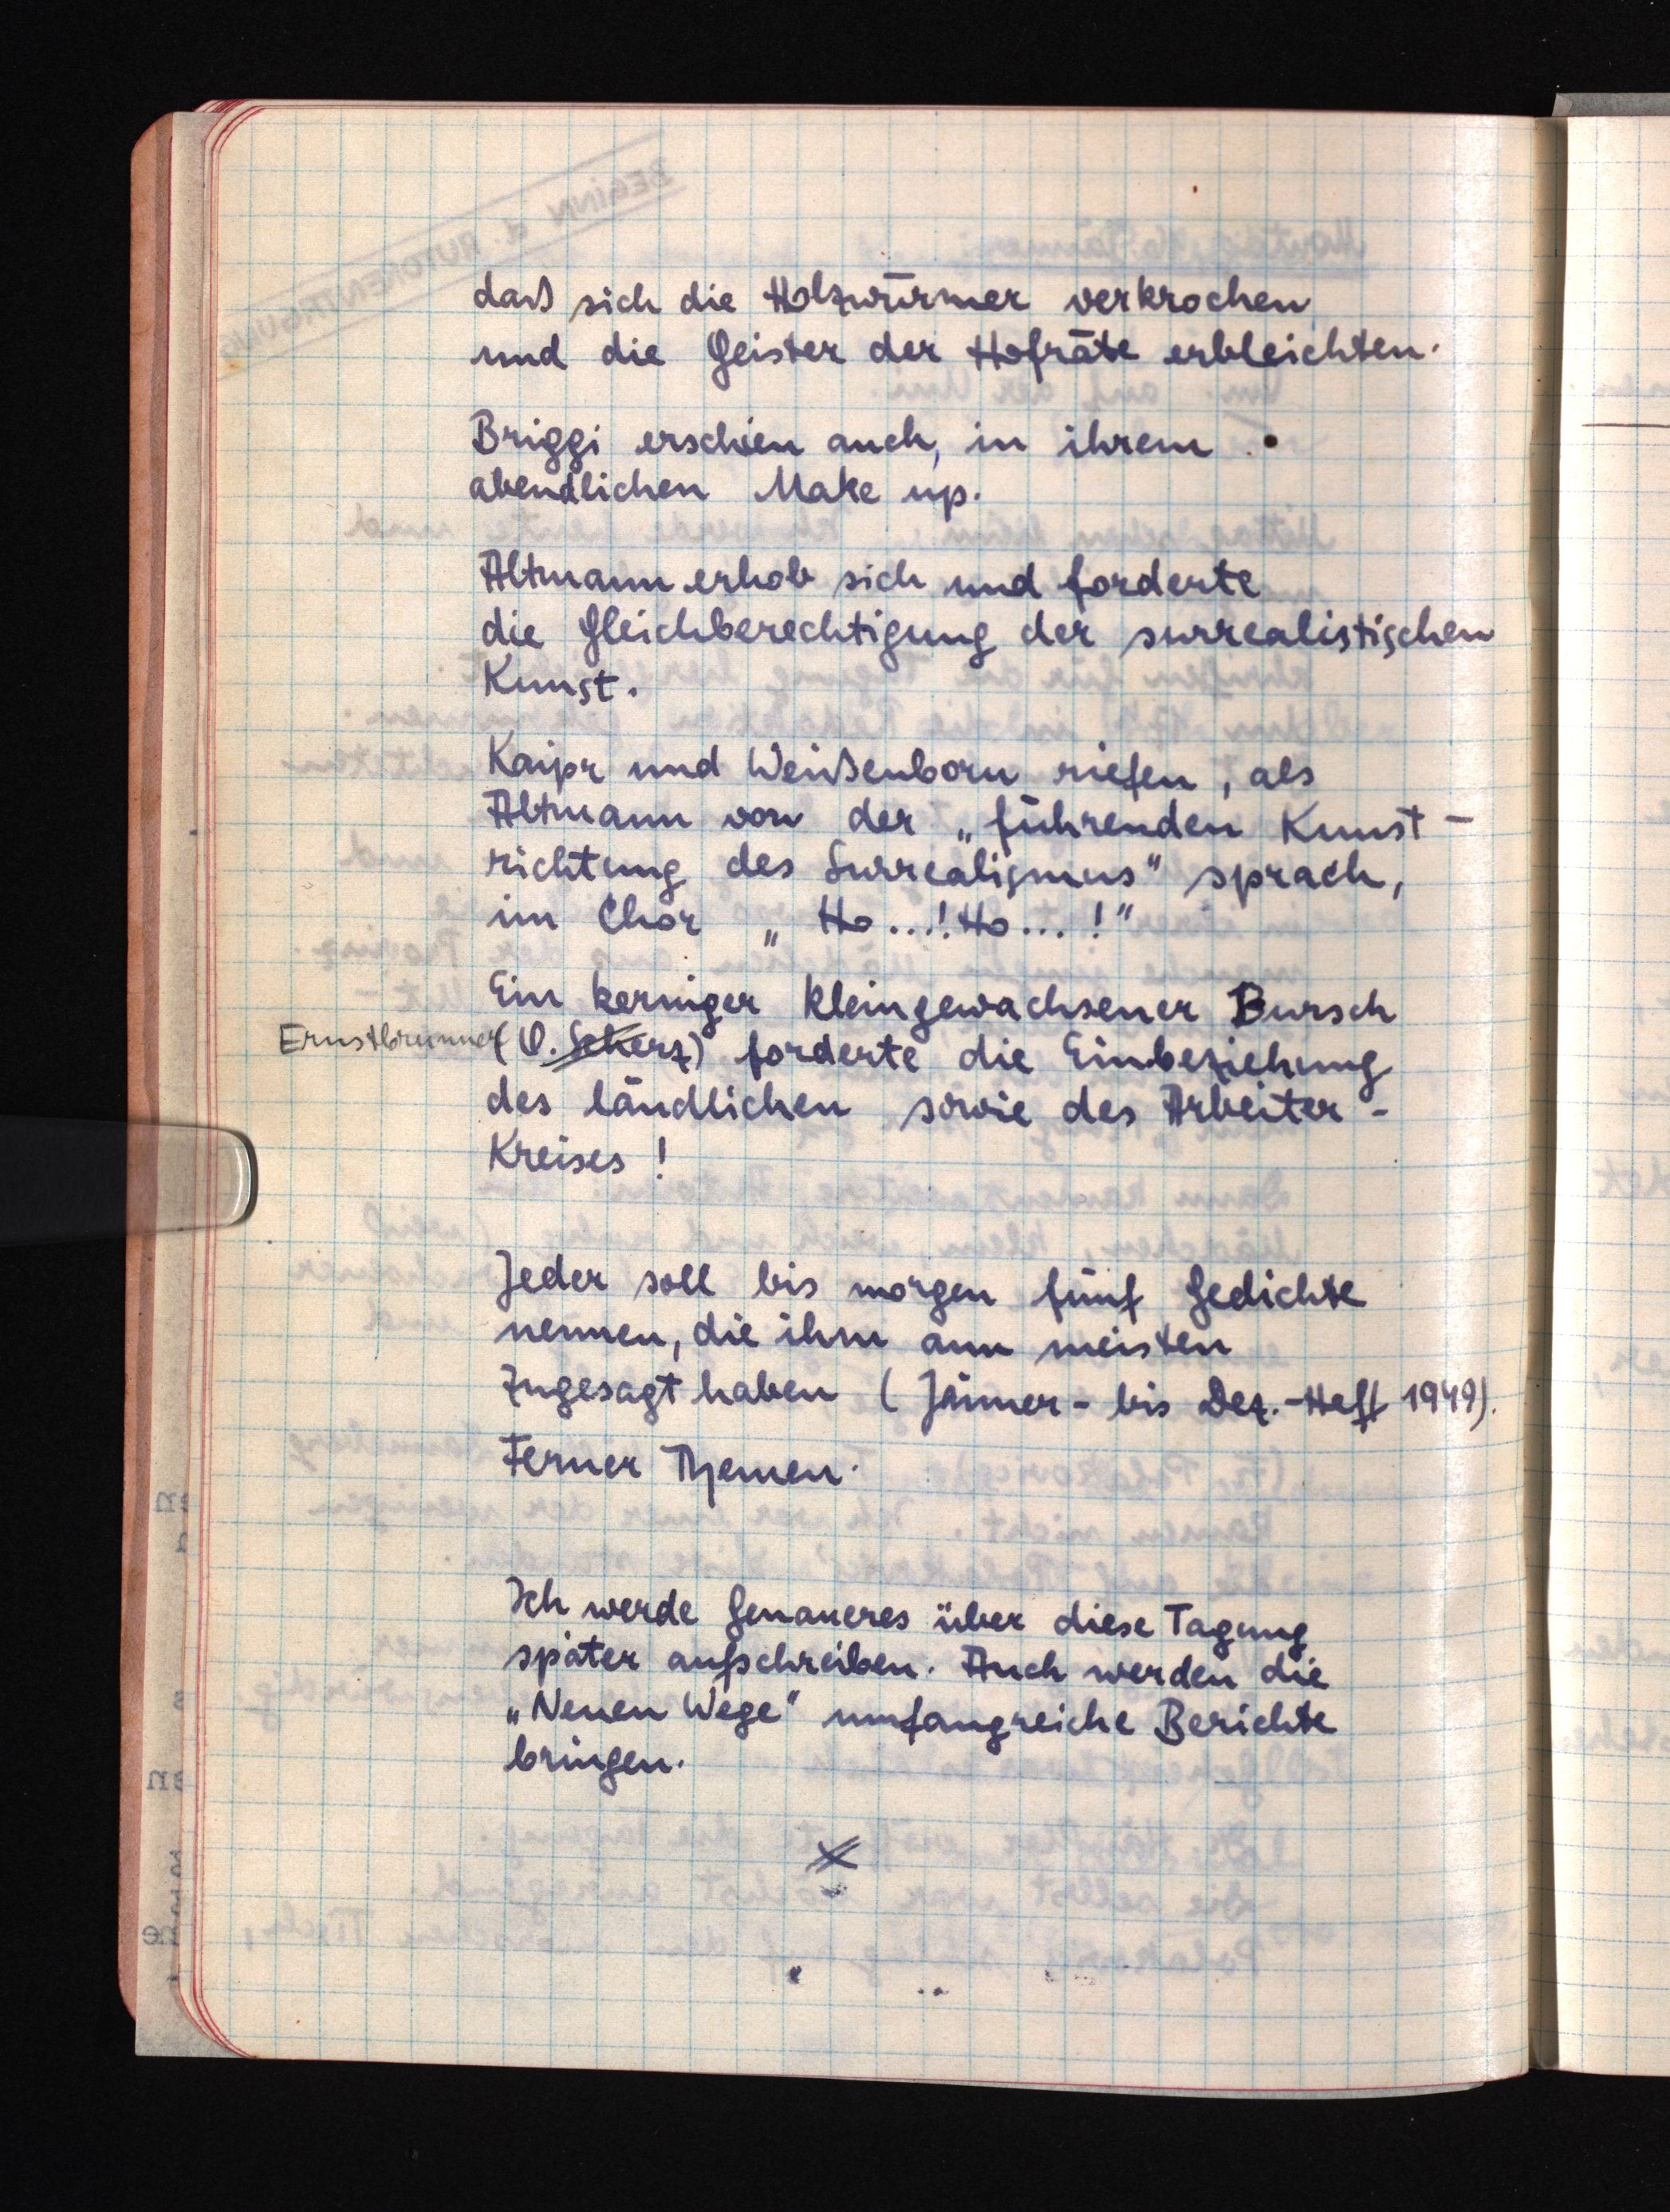
daß sich die Holzwürmer verkrochen
und die Geister der Hofräte erbleichten.
Briggi erschien auch, in ihrem
abendlichen Make up.
Altmann erhob sich und forderte
die Gleichberechtigung der surrealistischen
Kunst.
Kaipr und Weißenborn riefen, als
Altmann von der "führenden Kunst
richtung des Surrealismus" sprach,
im Chor "Ho ...! Ho ...!"
Ein kerniger kleingewachsener Bursch
Ernstbrunner (O. Scherz) forderte die Einbeziehung
des ländlichen sowie des Arbeiter-
Kreises!
Jeder soll bis morgen fünf Gedichte
nennen, die ihm am meisten
zugesagt haben (Jänner- bis Dez.-Heft 1949).
Ferner Themen.
Ich werde Genaueres über diese Tagung
später aufschreiben. Auch werden die
"Neuen Wege" umfangreiche Berichte
bringen.